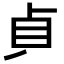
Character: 𭾛